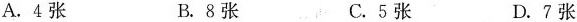
A. 4张 B. 8张 C. 5张 D. 7张